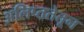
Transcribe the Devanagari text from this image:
अलिप्ततेतून